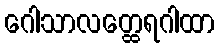
ဂေါသာလတ္ထေရဂါထာ